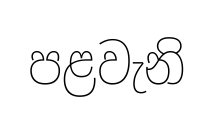
පළවැනි